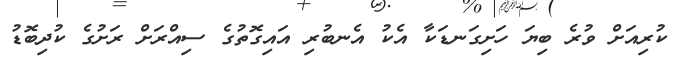
ކުރިއަށް ވުރެ ބިޔަ ހަށިގަނޑަކާ އެކު އެނބުރި އައިގޮތުގެ ސިއްރަށް ރަށުގެ ކުދިބޮޑު